Report on malaria in the Punjab during the year ...  together with an account of the work of the Punjab Malaria Bureau - Volume 5
Disease focus: Malaria
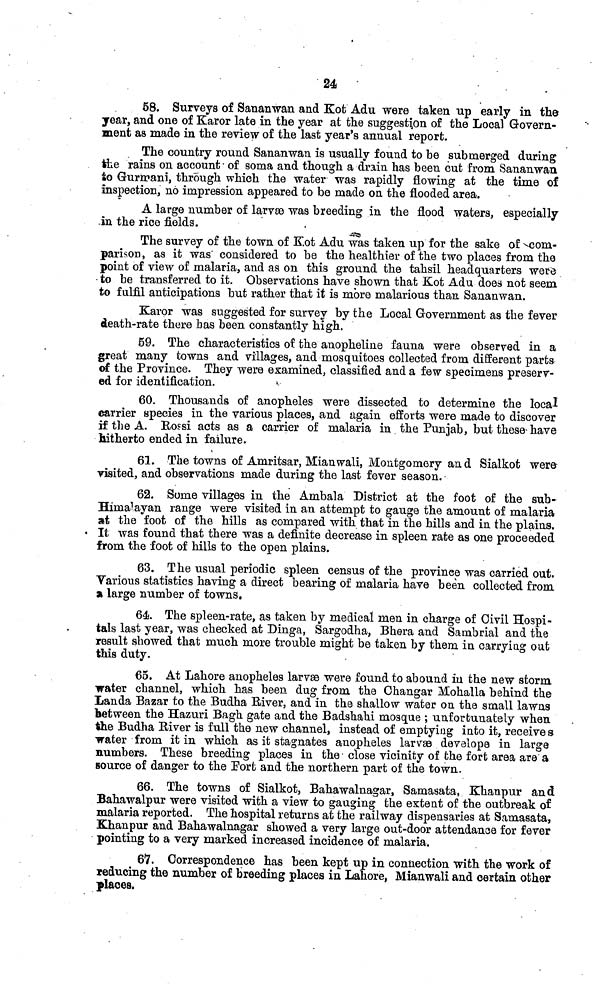
68. Surveys of Sananwan and Kot Adu were taken up early in the
year, and one of Karor late in the year at the suggestion of the Local Govern
ment as made in the review of the last year's annual report.
The country round Sananwan is usually found to be submerged during
the rains on account of soma and though a drain has been cut from Sananwan
to Gurzrani, through which the water was rapidly flowing at the time of
inspection, no impression appeared to be made on the flooded area.
A large number of larvae was breeding in the flood waters, especially
in the rice fields.
The survey of the town of Kot Adu was taken up for the sake of
point of view of malaria, and as on this ground the tahsil headquarters were
to be transferred to it. Observations have shown that Kot Adu does not seem
to fulfil anticipations but rather that it is more malarious than Sananwan.
Karor was suggested for survey by the Local Government as the fever
death-rate there has been constantly high.
59. The characteristics of the anopheline fauna were observed in a
great many towns and villages, and mosquitoes collected from different parts
of the Province. They were examined, classified and a few specimens preserv-
ed for identification.
60. Thousands of anopheles were dissected to determine the local
carrier species in the various places, and again efforts were made to discover
if the A. RoFsi acts as a carrier of malaria in the Punjab, but these-have
hitherto ended in failure.
61. The towns of Amritsar, Mianwali, Montgomery an d Sialkot were
visited, and observations made during the last fever season.
62. Some villages in the Ambala District at the foot of the sub-
Himalayan range were visited in an attempt to gauge the amount of malaria
at the foot of the hills as compared with that in the hills and in the plains.
It was found that there was a definite decrease in spleen rate as one proceeded
from the foot of hills to the open plains.
63. The usual periodic spleen census of the province was carried out.
Various statistics having a direct bearing of malaria have been collected from
a large number of towns.
64. The spleen-rate, as taken by medical men in charge of Civil Hospi-
tals last year, was checked at Dinga, Sargodha, Bhera and Sambrial and the
result showed that much more trouble might be taken by them in carrying out
this duty.
65. At Lahore anopheles larvae were found to abound in the new storm
water channel, which has been dug from the Ohangar Mohalla behind the
Landa Bazar to the Budha Baver, and in the shallow water on the small lawns
between the Hazuri Bagh gate and the Badshahi mosque ; unfortunately when
the Budha River is full the new channel, instead of emptying into it, receive s
water from it in which as it stagnates anopheles larvas develope in large
numbers. These breeding places in the close vicinity of the fort area are a
source of danger to the Port and the northern part of the town.
66. The towns of Sialkot, Bahawalnagar, Samasata, Khanpur and
Bahawalpur were visited with a view to gauging the extent of the outbreak of
malaria reported. The hospital returns at the railway dispensaries at Samasata,
Khanpur and Bahawalnagar showed a very large out-door attendance for fever
pointing to a very marked increased incidence of malaria.
67. Correspondence has been kept up in connection with the work of
reducing the number of breeding places in Lahore, Mianwali and certain other
places.
24